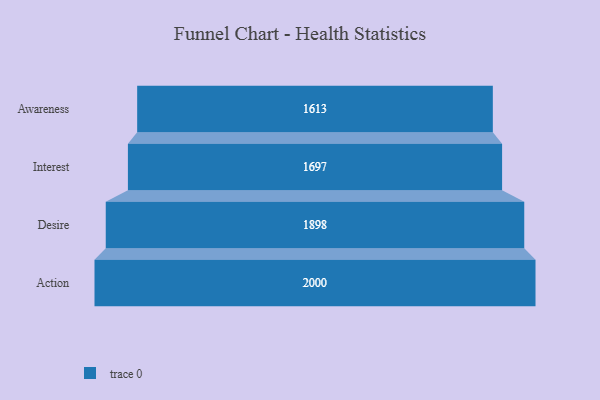
{"axis": {"x": "Stage", "y": "Value"}, "legend": [""], "data": [{"x": "Awareness", "y": 1613.0, "type": ""}, {"x": "Interest", "y": 1697.0, "type": ""}, {"x": "Desire", "y": 1898.0, "type": ""}, {"x": "Action", "y": 2000, "type": ""}]}